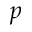
p